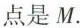
点是M.